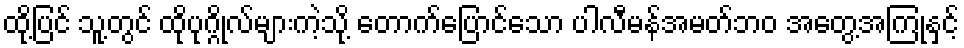
ထို့ပြင် သူ့တွင် ထိုပုဂ္ဂိုလ်များကဲ့သို့ တောက်ပြောင်သော ပါလီမန်အမတ်ဘဝ အတွေ့အကြုံနှင့်